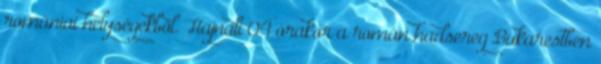
romániai helységekbõl. Hajnali 04 órakor a román hadsereg Bukarestben